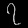
Digit: ၇